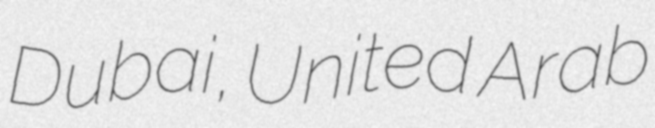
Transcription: Dubai, United Arab